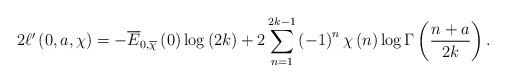
LaTeX: \begin{align*}2\ell^{\prime}\left( 0,a,\chi\right) =-\overline{E}_{0,\overline{\chi}}\left( 0\right) \log\left( 2k\right) +2\sum_{n=1}^{2k-1}\left(-1\right) ^{n}\chi\left( n\right) \log\Gamma\left( \frac{n+a}{2k}\right). \end{align*}